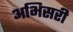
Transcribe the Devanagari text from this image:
अभिसरी